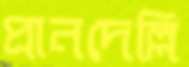
প্রানদেল্লি